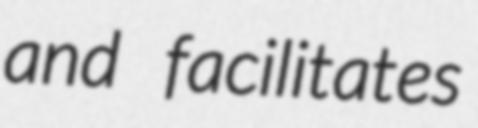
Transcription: and facilitates